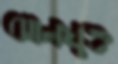
ঝালযুক্ত